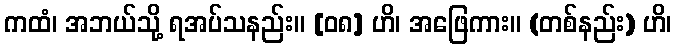
ကထံ၊ အဘယ်သို့ ရအပ်သနည်း။ [၀၈] ဟိ၊ အဖြေကား။ (တစ်နည်း) ဟိ၊